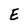
Character: E